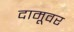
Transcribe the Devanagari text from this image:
दामूवर